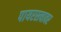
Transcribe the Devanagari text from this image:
पायरस्त्यावर